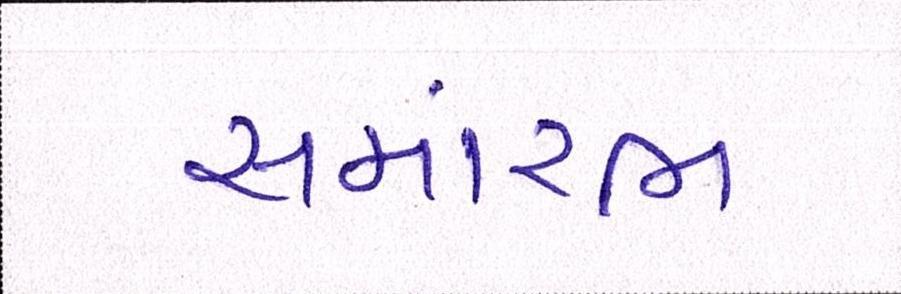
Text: સમાંરભ